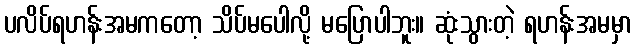
ပလိပ်ရဟန်းအမကတော့ သိပ်မပေါလို့ မပြောပါဘူး။ ဆုံးသွားတဲ့ ရဟန်းအမမှာ